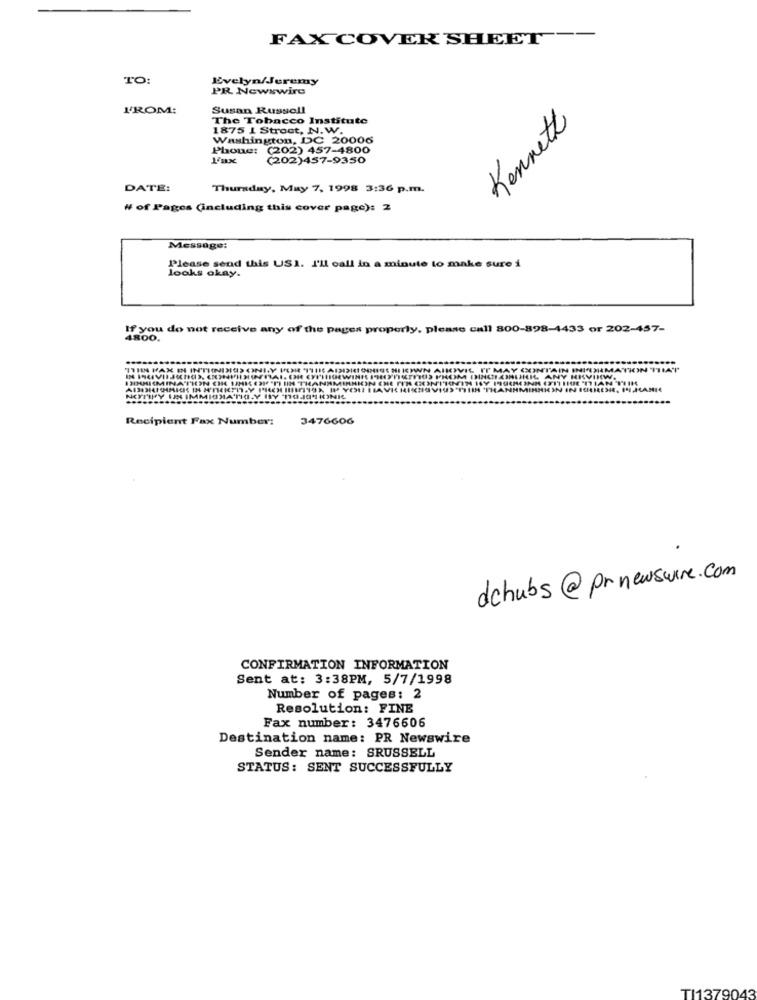
FAX COVER SHEET --
TO:
Evelyn/Jeremy
PR Newswire
I'ROM:
Susan Russell
The Tobacco Institute
Kennett
1875 1 Strect, N.W.
Washington, DC 20006
Phone:
(202) 457-4800
(202)457-9350
DATE:
Thursday, May 7, 1998 3:36 p.m.
# of Pages (including this cover page): 2
Message:
Please send this USI. I'll call in a minute to make sure i
looks okay.
If you do not receive any of the pages property, please call 800-898-4433 or 202-457-
4800.
Y CONT
Recipient Fax Number:
3476606
dchubs@prnewswire.com
CONFIRMATION INFORMATION
Sent at: 3:38PM, 5/7/1998
Number of pages: 2
Resolution: FINE
Fax number: 3476606
Destination name: PR Newswire
Sender name: SRUSSELL
STATUS: SENT SUCCESSFULLY
TI1379043